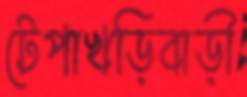
টেপাখড়িবাড়ী